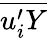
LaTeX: \overline{{u_{i}^{\prime}Y}}